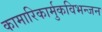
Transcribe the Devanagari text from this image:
कामारिकार्मुकविभन्जन